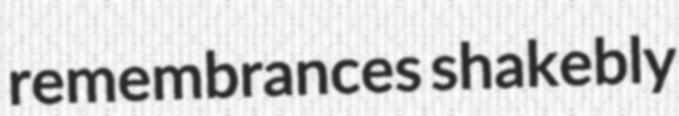
remembrances shakebly